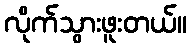
လိုက်သွားဖူးတယ်။